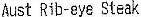
AUST RIB-EYE STEAK